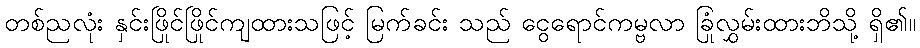
တစ်ညလုံး နှင်းဖြိုင်ဖြိုင်ကျထားသဖြင့် မြက်ခင်း သည် ငွေရောင်ကမ္ဗလာ ခြုံလွှမ်းထားဘိသို့ ရှိ၏။